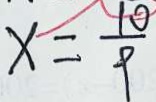
x = \frac { 1 0 } { 9 }